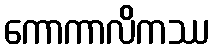
ကောကာလိကဿ